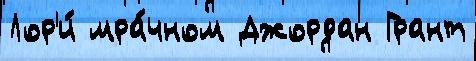
Лор'и́ мра́чном Джордан Грант